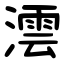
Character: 澐